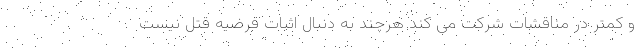
و کمتر در مناقشات شرکت می کند هر‌چند به دنبال اثبات فرضیه قتل نیست